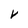
Character: v